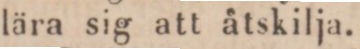
lära sig att åtskilja.